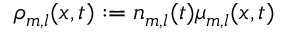
\rho _ { m , l } ( x , t ) : = n _ { m , l } ( t ) \mu _ { m , l } ( x , t )